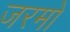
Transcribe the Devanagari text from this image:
जरमों